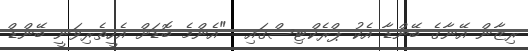
ރިޒާން އޭނާގެ ބޭންޑާ އެކު ޕްރެކްޓިސްގައި  "އެންމެ ބޮޑަށް އެހީތެރިވަނީ ބޭންޑް